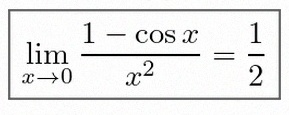
\lim_{x\to0}\frac{1-\cos x}{x^2}=\frac12